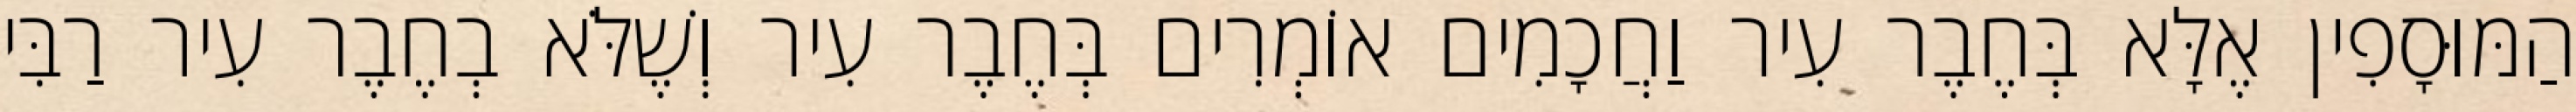
הַמּוּסָפִין אֶלָּא בְּחֶבֶר עִיר וַחֲכָמִים אוֹמְרִים בְּחֶבֶר עִיר וְשֶׁלֹּא בְחֶבֶר עִיר רַבִּי